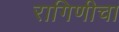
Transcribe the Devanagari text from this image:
रागिणीचा